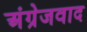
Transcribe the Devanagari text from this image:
अंग्रेजवाद